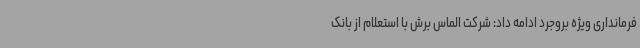
فرمانداری ویژه بروجرد ادامه داد: شرکت الماس برش با استعلام از بانک